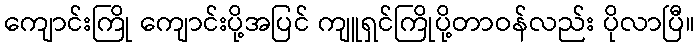
ကျောင်းကြို ကျောင်းပို့အပြင် ကျူရှင်ကြိုပို့တာဝန်လည်း ပိုလာပြီ။